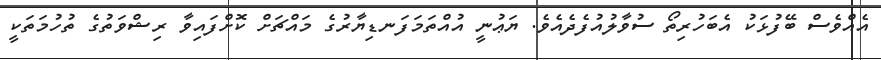
އެއްވެސް ބޭފުޅަކު އެބަހުރިތޯ ސުވާލުއުފެދެއެވެ. ޔަޢުނީ އުއްތަމަފަނޑިޔާރުގެ މައްޗަށް ކޮށްފައިވާ ރިޝްވަތުގެ ތުހުމަތަކީ